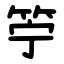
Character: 䇡